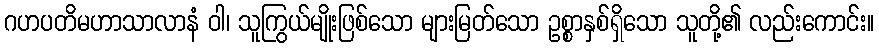
ဂဟပတိမဟာသာလာနံ ဝါ၊ သူကြွယ်မျိုးဖြစ်သော များမြတ်သော ဥစ္စာနှစ်ရှိသော သူတို့၏ လည်းကောင်း။